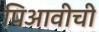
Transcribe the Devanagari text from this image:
पिआवीची